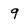
Character: 9